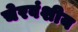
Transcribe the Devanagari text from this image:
चेरवंशीय